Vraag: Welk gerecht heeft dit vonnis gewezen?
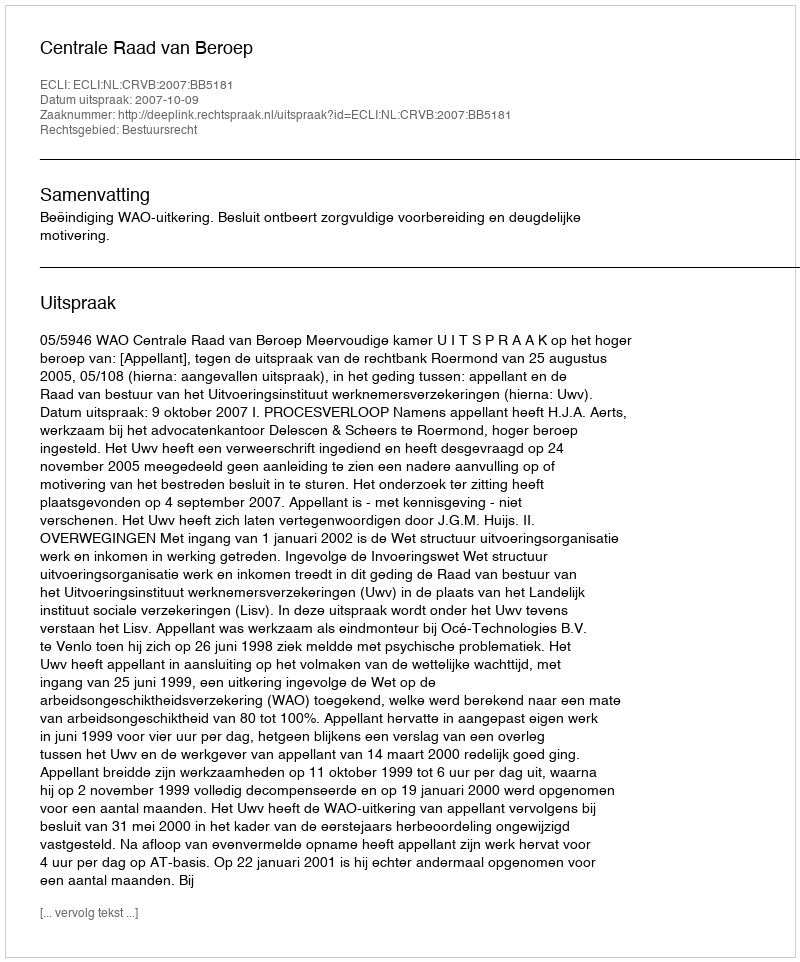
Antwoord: Centrale Raad van Beroep